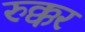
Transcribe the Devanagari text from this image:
रुक्कर